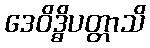
ဒေဝိဒ္ဓိပတ္တာသိ